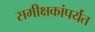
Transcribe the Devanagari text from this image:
समीक्षकांपर्यंत